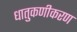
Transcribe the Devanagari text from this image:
धातुकणीकरण